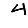
Digit: 4